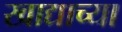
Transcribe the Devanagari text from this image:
खाद्याच्या